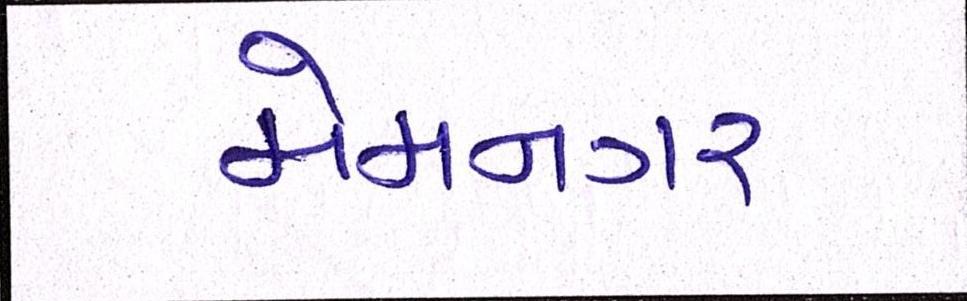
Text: મેમનગર